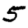
Digit: 5